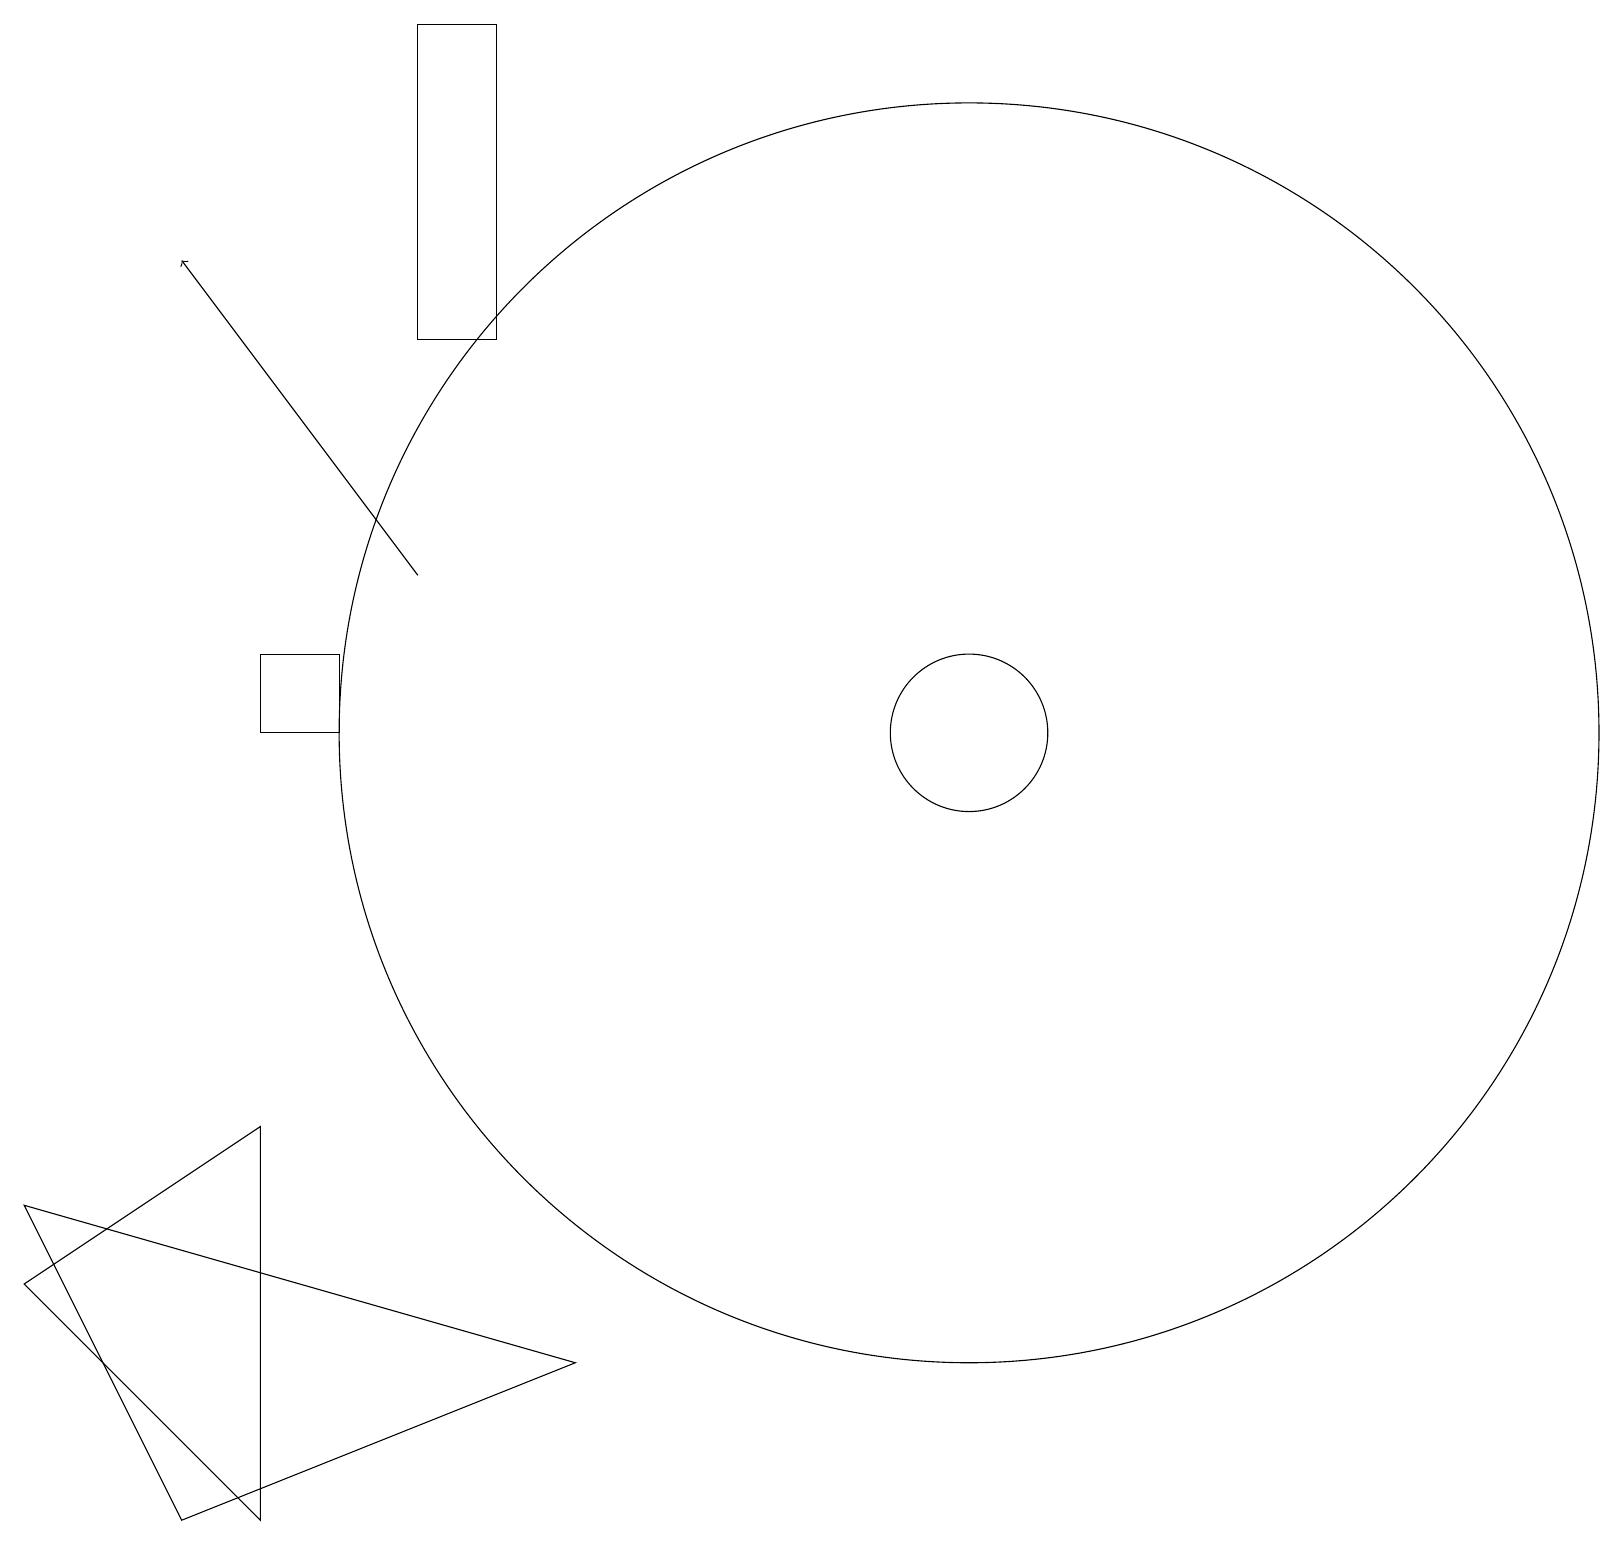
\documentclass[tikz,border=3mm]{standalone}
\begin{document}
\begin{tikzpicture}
\draw (7,2) -- (2,0) -- (0,4) -- cycle;
\draw (12,10) circle (8);
\draw (0,3) -- (3,0) -- (3,5) -- cycle;
\draw (4,11) rectangle (3,10);
\draw[->] (5,12) -- (2,16);
\draw (5,15) rectangle (6,19);
\draw (12,10) circle (1);
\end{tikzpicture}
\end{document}